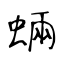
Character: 蜽